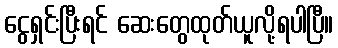
ငွေရှင်းပြီးရင် ဆေးတွေထုတ်ယူလို့ရပါပြီ။